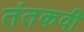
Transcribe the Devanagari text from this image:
तंतकवी